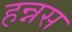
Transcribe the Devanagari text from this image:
हन्नस